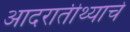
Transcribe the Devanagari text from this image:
आदरातीथ्याचे